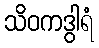
သိဝကဒွါရံ